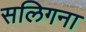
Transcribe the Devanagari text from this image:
सलिगना